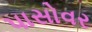
પાસોવર